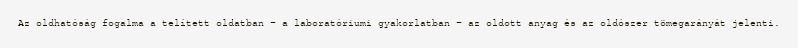
Az oldhatóság fogalma a telített oldatban – a laboratóriumi gyakorlatban – az oldott anyag és az oldószer tömegarányát jelenti.